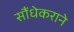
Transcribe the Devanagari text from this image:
सौंधेकराने